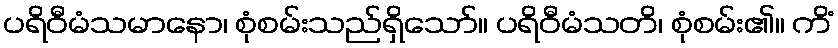
ပရိဝီမံသမာနော၊ စုံစမ်းသည်ရှိသော်။ ပရိဝီမံသတိ၊ စုံစမ်း၏။ ကိံ